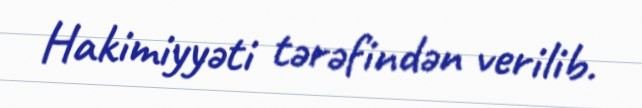
Hakimiyyəti tərəfindən verilib.